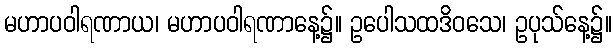
မဟာပဝါရဏာယ၊ မဟာပဝါရဏာနေ့၌။ ဥပေါသထဒိဝသေ၊ ဥပုသ်နေ့၌။